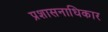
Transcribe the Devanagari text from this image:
प्रशासनाधिकार